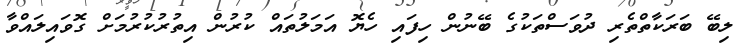
ލިބޭ ބަރަކާތްތެރި ދުވަސްތަކުގެ ބޭނުން ހިފައި ހެޔޮ އަމަލުތައް ކުރުން އިތުރުކުރުމަށް ގޮވައިލައްވާ